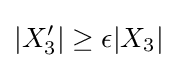
|X_{3}'|\geq \epsilon |X_{3}|